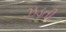
ઝડતી